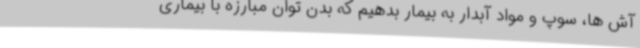
آش ها، سوپ و مواد آبدار به بیمار بدهیم که بدن توان مبارزه با بیماری